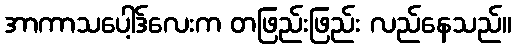
အာကာသပေါ့ဒ်လေးက တဖြည်းဖြည်း လည်နေသည်။